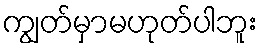
ကျွတ်မှာမဟုတ်ပါဘူး